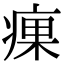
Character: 㾧